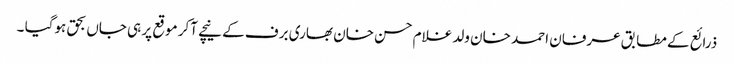
ذرائع کے مطابق عرفان احمد خان ولد غلام حسن خان بھاری برف کے نیچے آکر موقع پر ہی جاں بحق ہوگیا ۔